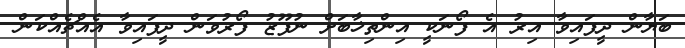
ބަޔާން ދީފައިވާ އިރު އެ ފޯނަކީ އިންތިޚާބަށް ނުފޫޒު ފޯރުވަން ދީފައިވާ އެއްޗެއްކަން